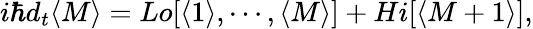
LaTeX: i\hbar d_{t}\langle M\rangle=Lo[\langle 1\rangle,\cdots,\langle M\rangle]+Hi[\langle M+1\rangle],